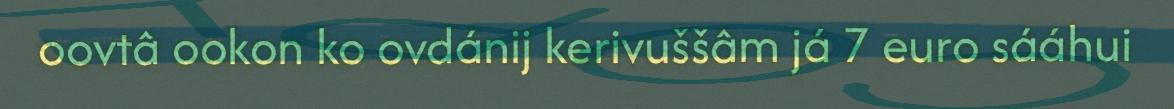
oovtâ ookon ko ovdánij kerivuššâm já 7 euro sááhui